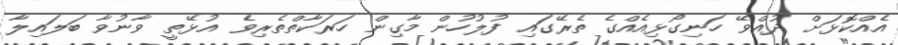
އެއްކޮޅަށް ދުއްވޭ ހަނިގޯޅިއެއްގެ ތެރޭގައި ފުލުހުން މާގިން ހަރަކާތްތެރިވެ އުޅޭތީ ވާނުވާ ބަލައިލާ